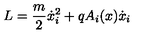
L = \frac { m } { 2 } \dot { x } _ { i } ^ { 2 } + q A _ { i } ( x ) \dot { x } _ { i }